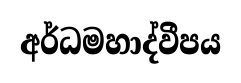
අර්ධමහාද්වීපය